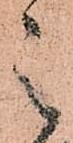
之